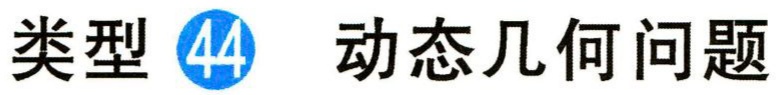
类型 \textcircled{44} 动态几何问题